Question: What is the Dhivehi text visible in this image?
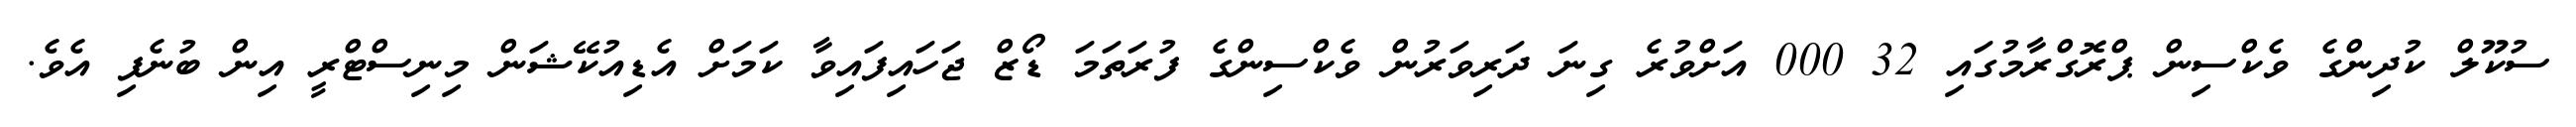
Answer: ސުކޫލް ކުދިންގެ ވެކްސިން ޕްރޮގްރާމުގައި 32 000 އަށްވުރެ ގިނަ ދަރިވަރުން ވެކްސިންގެ ފުރަތަމަ ޑޯޒް ޖަހައިފައިވާ ކަމަށް އެޑިއުކޭޝަން މިނިސްޓްރީ އިން ބުނެފި އެވެ.